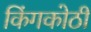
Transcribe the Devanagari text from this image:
किंगकोठी